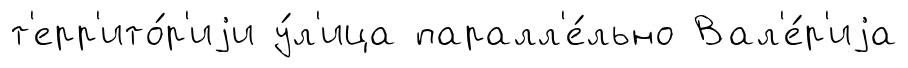
т'ерр'ито́р'иjи у́л'ица паралл'е́льно Вал'е́р'иjа